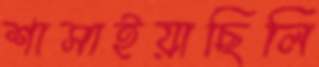
শাসাইয়াছিলি